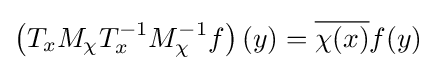
\left(T_{x}M_{\chi }T_{x}^{-1}M_{\chi }^{-1}f\right)(y)={\overline {\chi (x)}}f(y)